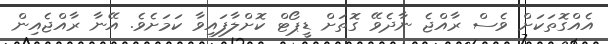
އެއްގޮތަކަށް ވެސް ރާއްޖެ ނާދެވޭ ގޮތަށް ޑީޕޯޓް ކޮށްލާފައިވާ ކަމަށެވެ. އޭނާ ރާއްޖެއިން